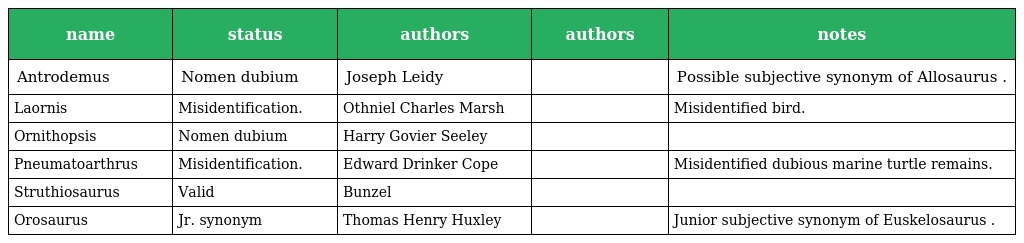
| name | status | authors | authors | notes |
 | --- | --- | --- | --- | --- |
 | Antrodemus | Nomen dubium | Joseph Leidy |  | Possible subjective synonym of Allosaurus . |
 | Laornis | Misidentification. | Othniel Charles Marsh |  | Misidentified bird. |
 | Ornithopsis | Nomen dubium | Harry Govier Seeley |  |  |
 | Pneumatoarthrus | Misidentification. | Edward Drinker Cope |  | Misidentified dubious marine turtle remains. |
 | Struthiosaurus | Valid | Bunzel |  |  |
 | Orosaurus | Jr. synonym | Thomas Henry Huxley |  | Junior subjective synonym of Euskelosaurus . |